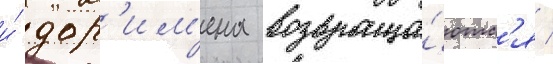
и́ дор'им'ена возвраща́ютс'я /